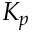
K _ { p }